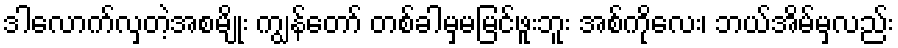
ဒါလောက်လှတဲ့အစမျိုး ကျွန်တော် တစ်ခါမှမမြင်ဖူးဘူး အစ်ကိုလေး၊ ဘယ်အိမ်မှလည်း